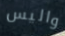
واليس